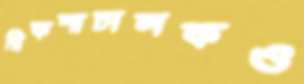
রিকশাচালকও